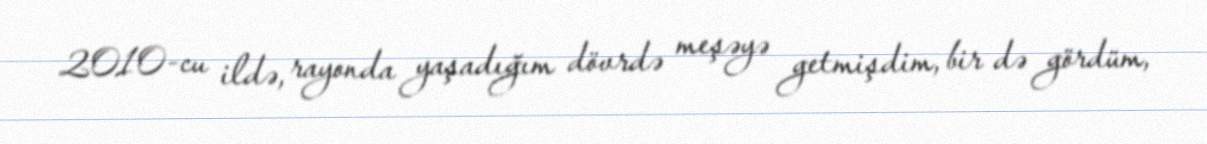
2010-cu ildə, rayonda yaşadığım dövrdə meşəyə getmişdim, bir də gördüm,